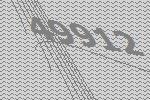
49912